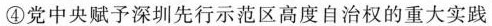
④党中央赋予深圳先行示范区高度自治权的重大实践